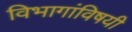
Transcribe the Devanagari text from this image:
विभागांविषयी